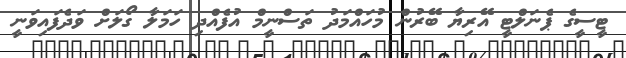
ޓީސީގެ ޕެނަލްޓީ އޭރިޔާ ބޭރުން މުހައްމަދު ތަސްނީމް އުފެއްދި ހަމަލާ ގޯލަށް ވަދެފައިވަނީ